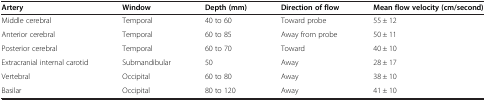
<table><thead><tr><td><b>Artery</b></td><td><b>Window</b></td><td><b>Depth (mm)</b></td><td><b>Direction of flow</b></td><td><b>Mean flow velocity (cm/second)</b></td></tr></thead><tbody><tr><td>Middle cerebral</td><td>Temporal</td><td>40 to 60</td><td>Toward probe</td><td>55 ± 12</td></tr><tr><td>Anterior cerebral</td><td>Temporal</td><td>60 to 85</td><td>Away from probe</td><td>50 ± 11</td></tr><tr><td>Posterior cerebral</td><td>Temporal</td><td>60 to 70</td><td>Toward</td><td>40 ± 10</td></tr><tr><td>Extracranial internal carotid</td><td>Submandibular</td><td>50</td><td>Away</td><td>28 ± 17</td></tr><tr><td>Vertebral</td><td>Occipital</td><td>60 to 80</td><td>Away</td><td>38 ± 10</td></tr><tr><td>Basilar</td><td>Occipital</td><td>80 to 120</td><td>Away</td><td>41 ± 10</td></tr></tbody></table>